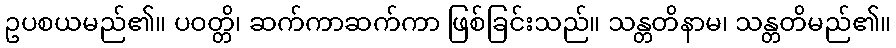
ဥပစယမည်၏။ ပဝတ္တိ၊ ဆက်ကာဆက်ကာ ဖြစ်ခြင်းသည်။ သန္တတိနာမ၊ သန္တတိမည်၏။